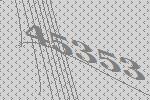
45353